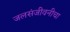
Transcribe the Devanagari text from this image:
जलसंजीवनीचा